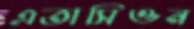
এতাসিওন